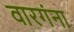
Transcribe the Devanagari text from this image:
वारगंना